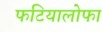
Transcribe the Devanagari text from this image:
फटियालोफा